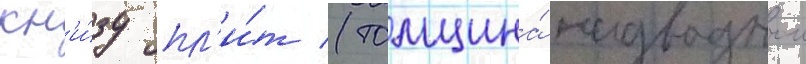
кн'и́зу пл'и́т (толщина́ надводнои